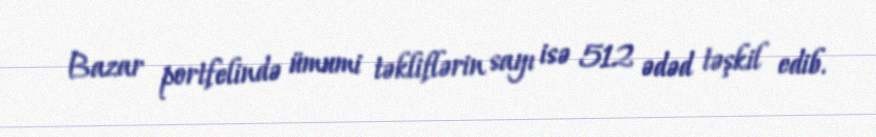
Bazar portfelində ümumi təkliflərin sayı isə 512 ədəd təşkil edib.